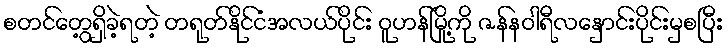
စတင်တွေ့ရှိခဲ့ရတဲ့ တရုတ်နိုင်ငံအလယ်ပိုင်း ဝူဟန်မြို့ကို ဇန်နဝါရီလနှောင်းပိုင်းမှစပြီး